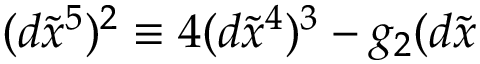
( d \widetilde { x } ^ { 5 } ) ^ { 2 } \equiv 4 ( d \widetilde { x } ^ { 4 } ) ^ { 3 } - g _ { 2 } ( d \widetilde { x }